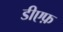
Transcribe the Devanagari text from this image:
डीएफ़